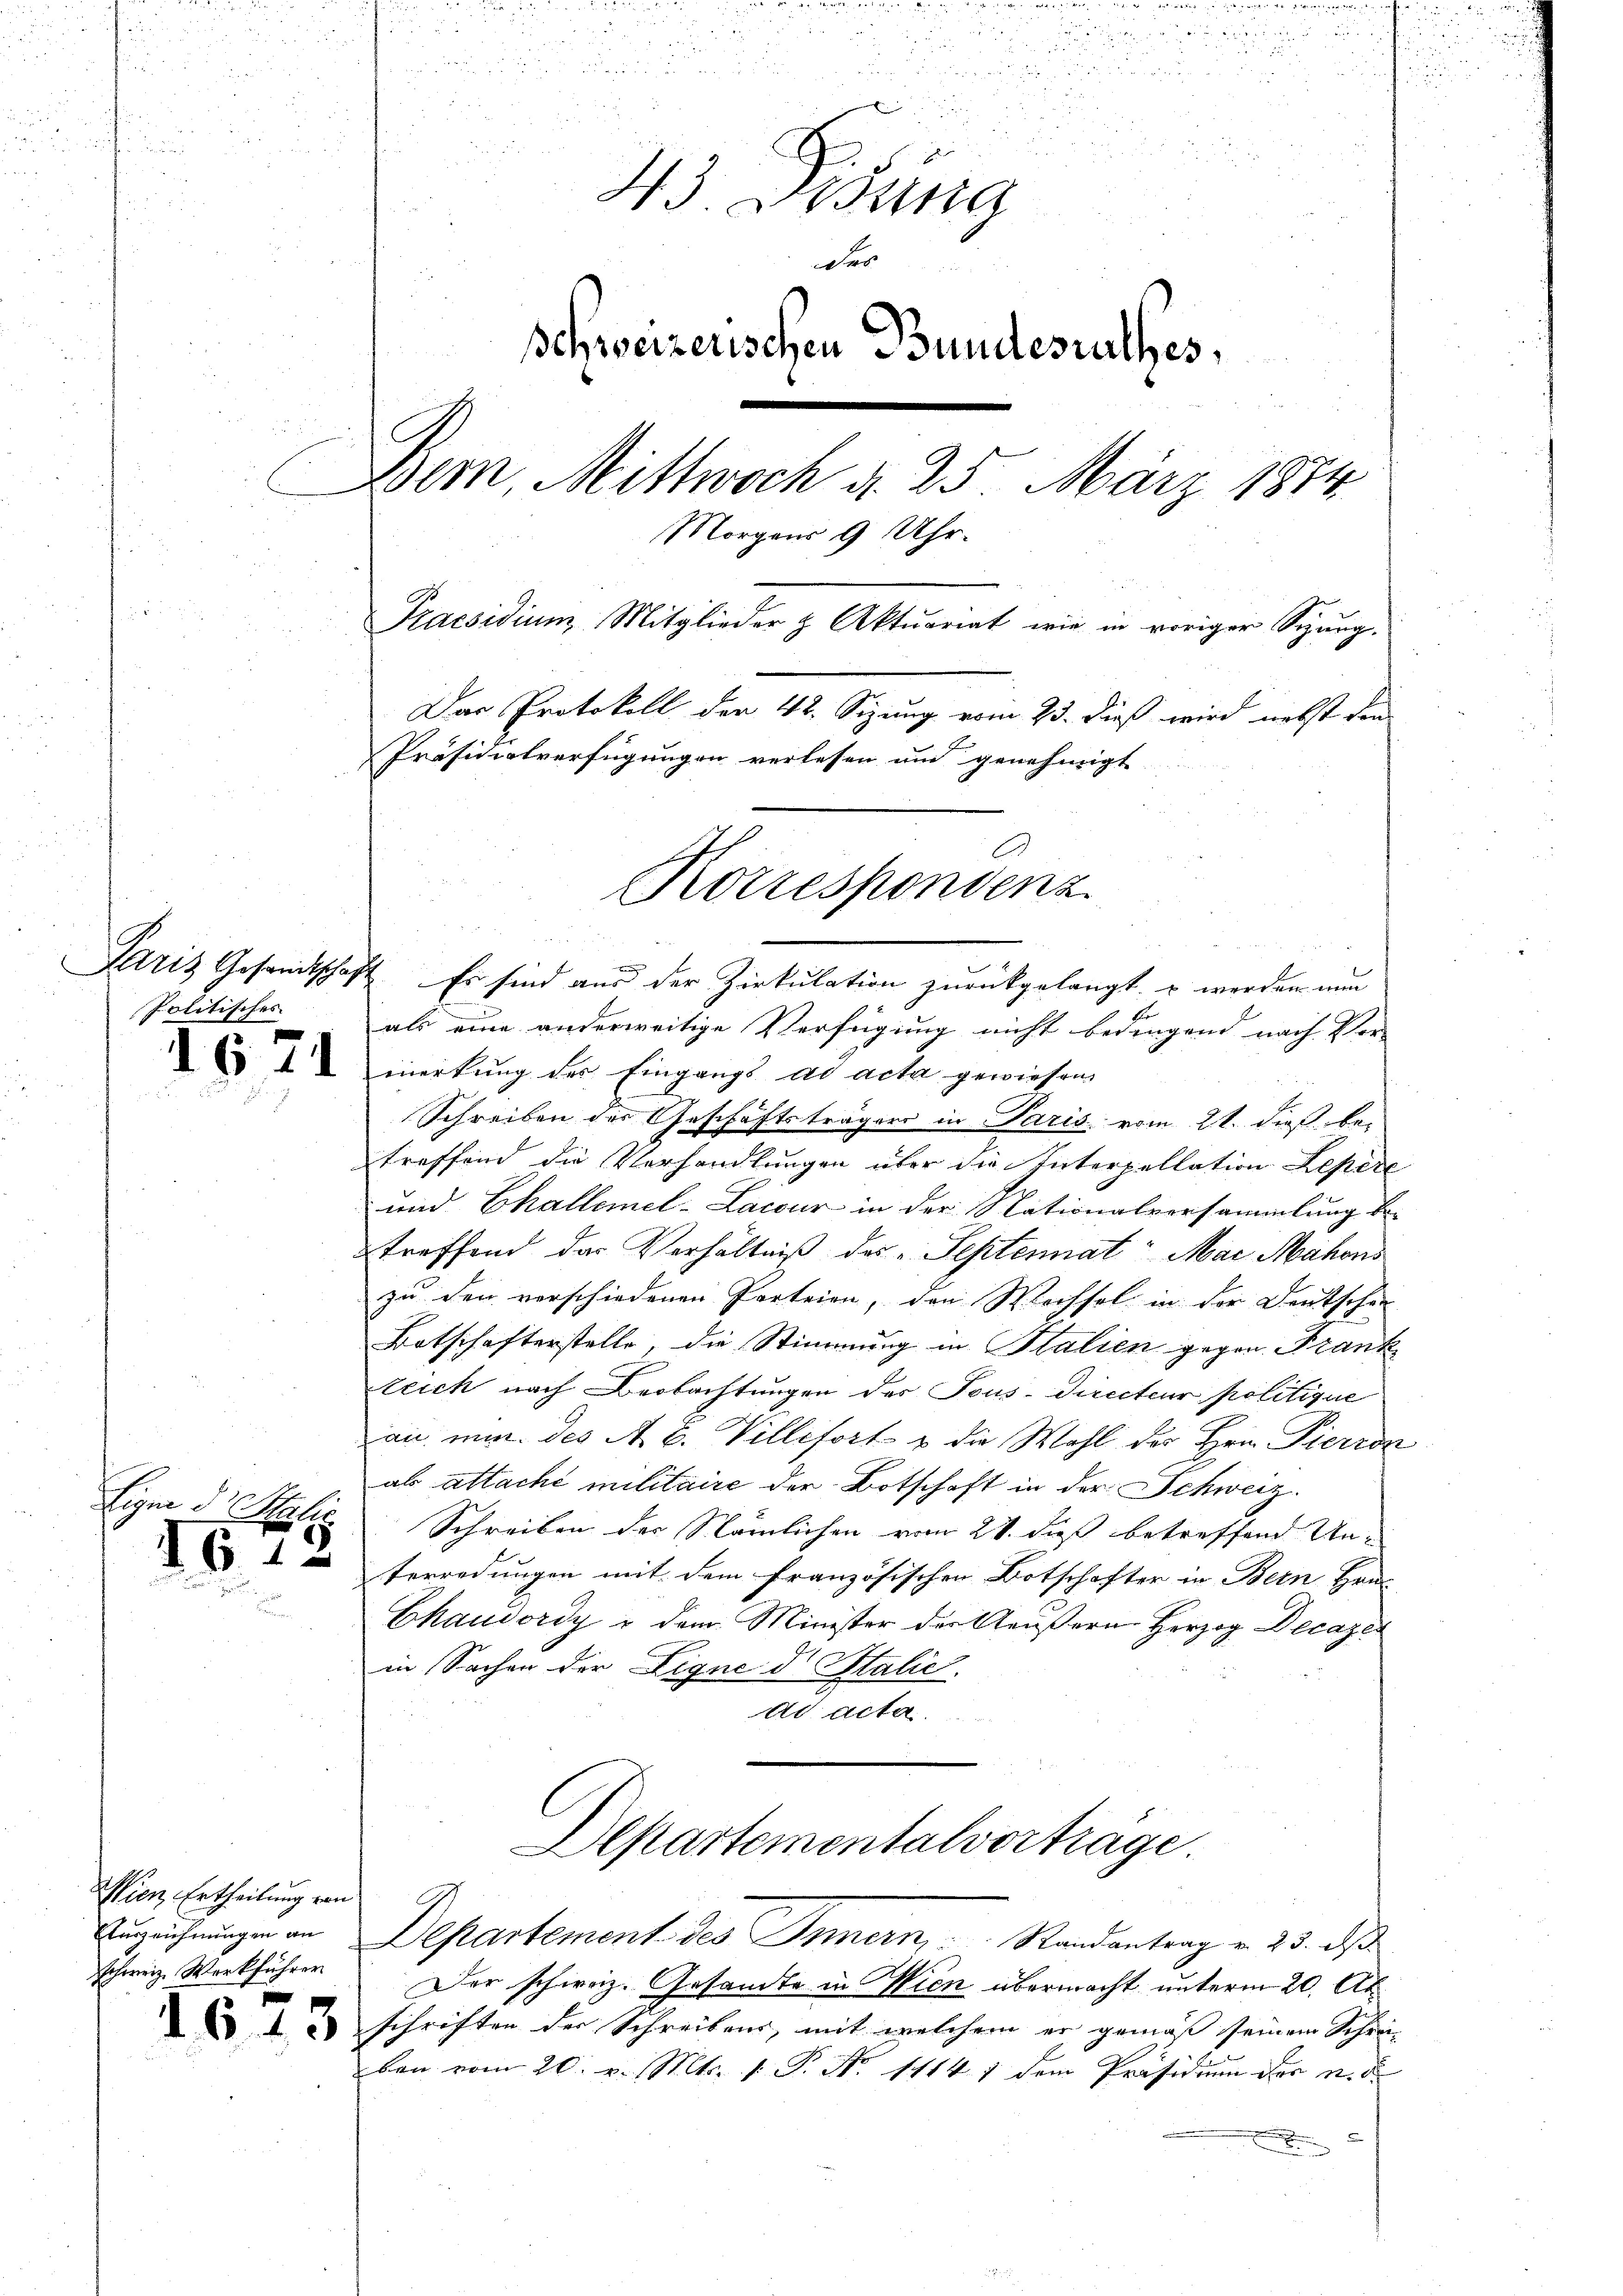
1671

Eym d. Stilis
161.

f

Wien Ertheilung von
schweiz. Werkführer

1643

i

e
e

i
 2 x
43. Lesung
des
schweizerischen Bundesrathes,
Dem, Mittwoch d. 25. März 1874.
Morgens 9 Uhr.
Praesidium, Mitglieder z. Aktuariat wie in voriger Seung.
Das Protokoll der 42. Sizung vom 23. dieß wird nebst den
Präsidialverfügungen verlesen und genehmigt

f

Paris Gesandtschaft. Es sind aus der Zirkulation zurückgelangt u werden nun
Politisches als eine anderweitige Verfügung nicht bedingend nach Vor-
merkung des Eingangs ad acta gewiesen,
Schreiben der Geschäftsträgers in Paris vom 21. dieß betreffend die Verhandlungen über die Interpellation Leper
und Challemel-Lacur in der Nationalversammlung be-
treffend das Verhältniß des Septennat Mar Mahons
zu den verschiedenen Porteien, den Wechsel in der Deutschei
Botschafterstelle, die Stimmung in Italien gegen Frank
teich nach Beobachtungen des Tous-Directeur politique
au min des A. E. Villifort u die Wahl des Hrn. Pierra
abs attaché militaire der Botschaft in der Schweiz.
Schreiben der Nämlichen vom 21. dieß betreffend Untorredungen mit dem französischen Botschafter in Bern Haus
Ekaudordy u dem Minister der Aeußern Herzog Decazer
in Sachen der Eigne d. Stalie
ad acta.
Departementalverträge.
Augrührungen an Departement des Innern, Randantrag v. 23. ds
Der schweiz. Gesandte in Wien übermacht unterm 20. Ak
schriften der Schreibens, mit welchem er gemäß seinem Schreiben vom 20. v. Mts. 1. P. Nr. 11847 dem Präsidium der u.

Korrespondenz